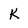
Character: K